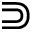
\Supset